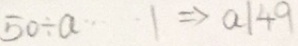
5 0 \div a \cdots 1 \Rightarrow a \vert 4 9